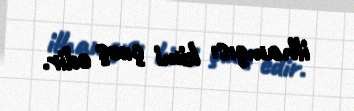
ilhamçısı kimi çıxış edir.